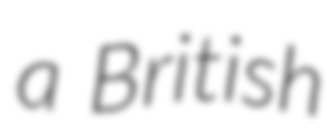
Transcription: a British